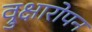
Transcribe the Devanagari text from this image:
व्रुक्षारोपन